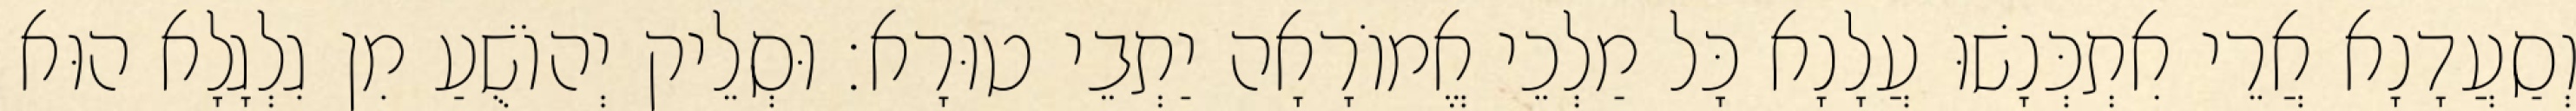
וְסַעֲדָנָא אֲרֵי אִתְכְּנָשׁוּ עֲלָנָא כָּל מַלְכֵי אֱמוֹרָאָה יַתְבֵי טוּרָא׃ וּסְלֵיק יְהוֹשֻׁעַ מִן גִלְגָלָא הוּא